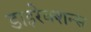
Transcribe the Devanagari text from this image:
डाइरेक्शन्स